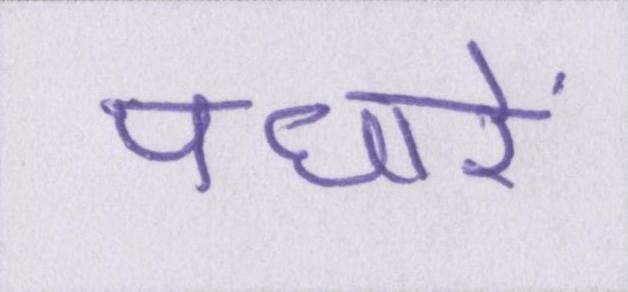
पधारें